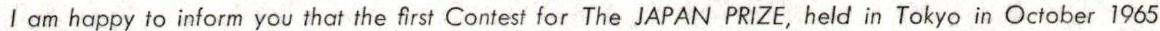
1 am happy to inform you that the first Contest for The JAPAN PRIZE,held in Tokyo in October 1965